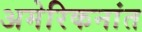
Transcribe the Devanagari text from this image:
अमेरिकनांत